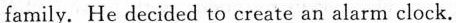
family. He decided to create an alarm clock.